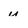
Character: u